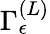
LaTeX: {\Gamma}_{\epsilon}^{\left(L\right)}